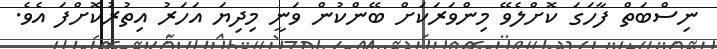
ނިސްބަތް ފާހަގަ ކޮށްލެވޭ މިންވަރަކަށް ބޭންކުން ވަނީ މިދިޔަ އަހަރު އިތުރުކޮށްފަ އެވެ.